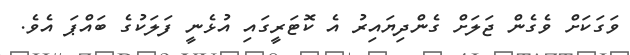
ވަގަކަށް ވެގެން ޖަލަށް ގެންދިޔައިރު އެ ކޮޓަރީގައި އުޅެނީ ފަލަކުގެ ބައްޕަ އެވެ.